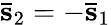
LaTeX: \mathbf{\bar{s}}_{2}=-\mathbf{\bar{s}}_{1}